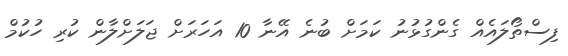
ފިސްތޯލައެއް ގެންގުޅުނު ކަމަށް ބުނެ އޭނާ 10 އަހަރަށް ޖަލަށްލާން ކުރި ހުކުމް